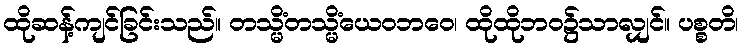
ထိုဆန့်ကျင်ခြင်းသည်။ တသ္မိံတသ္မိံယေဝဘဝေ၊ ထိုထိုဘဝ၌သာလျှင်။ ပစ္စတိ၊